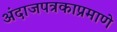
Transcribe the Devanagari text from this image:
अंदाजपत्रकाप्रमाणे